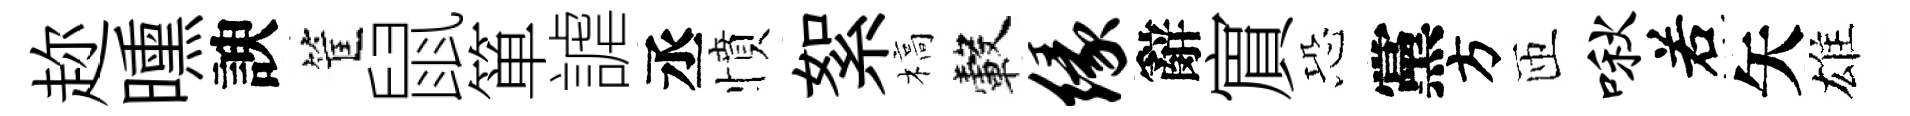
趂曛諛筐鼠箪謔丞憤絮槁轂缘辭賔恐黨方匝啾𠰥矢雄